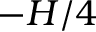
- H / 4